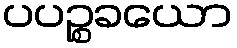
ပပဉ္စခယော